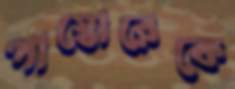
পাস্তোরেকে